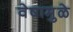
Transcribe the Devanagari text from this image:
वेषामुळे